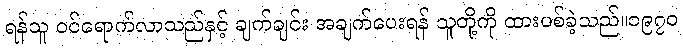
ရန်သူ ဝင်ရောက်လာသည်နှင့် ချက်ချင်း အချက်ပေးရန် သူတို့ကို ထားပစ်ခဲ့သည်။၁၉၇၀